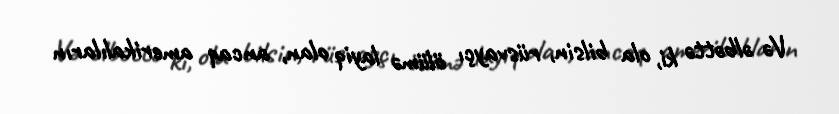
Və əlbəttə ki, ola bilsin, rüsvayçı ölümə layiq olan, ancaq amerikalıların